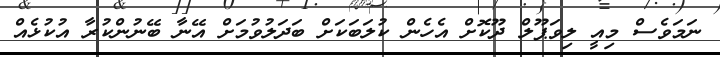
ނަމަވެސް މިއީ ލިވަޕޫލް ދޫކޮށް އެހެން ކުލަބަކަށް ބަދަލުވުމަށް އޭނާ ބޭނުންކުރާ އުކުޅެއް